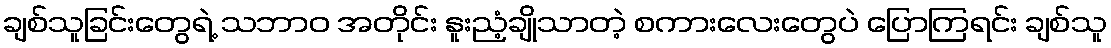
ချစ်သူခြင်းတွေရဲ့ သဘာဝ အတိုင်း နူးညံ့ချိုသာတဲ့ စကားလေးတွေပဲ ပြောကြရင်း ချစ်သူ